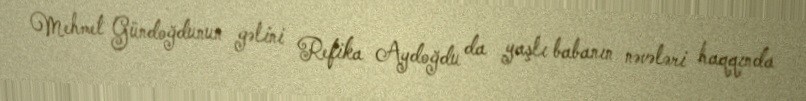
Mehmet Gündoğdunun gəlini Refika Aydoğdu da yaşlı babanın nəvələri haqqında